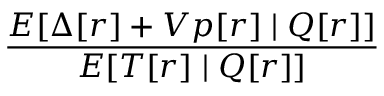
\frac { E [ \Delta [ r ] + V p [ r ] \mid Q [ r ] ] } { E [ T [ r ] \mid Q [ r ] ] }